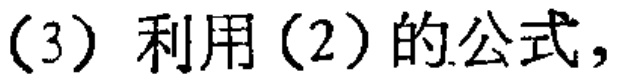
(3) 利用(2)的公式，